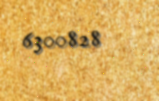
6300828